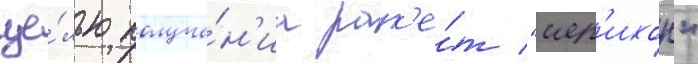
це́лью получе́н'иа рак'е́т "иер'ихон"